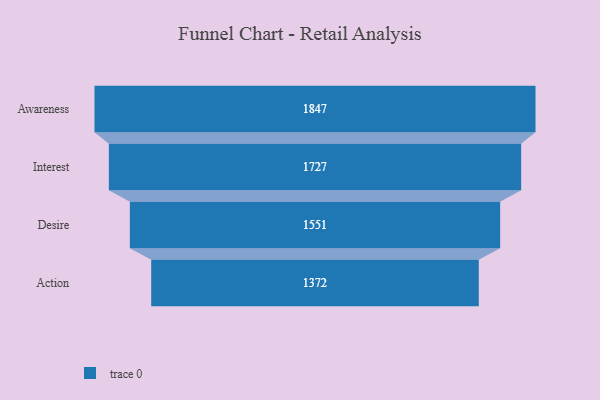
{"axis": {"x": "Stage", "y": "Value"}, "legend": [""], "data": [{"x": "Awareness", "y": 1847.0, "type": ""}, {"x": "Interest", "y": 1727.0, "type": ""}, {"x": "Desire", "y": 1551.0, "type": ""}, {"x": "Action", "y": 1372.0, "type": ""}]}